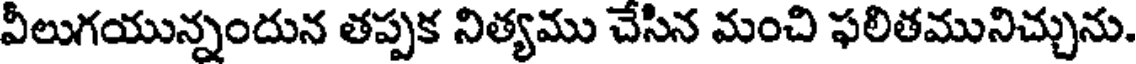
వీలుగయున్నందున తప్పక నిత్యము చేసిన మంచి ఫలితమునిచ్చును.